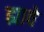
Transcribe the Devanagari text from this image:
ह्यावे